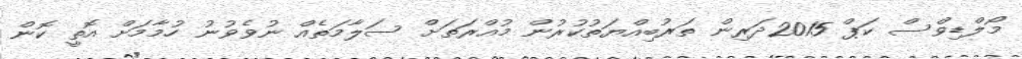
މޯލްޑިވްސް ކަޕް 2015ދަރިން ތަރުބިއްޔަތުކުރުން މުއްރަތަށް ސަލާމަތެއް ނުވެވުނު ހުމާމަށް އޮތީ ކޮން